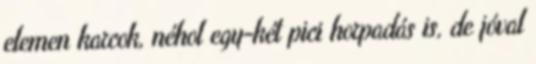
elemen karcok, néhol egy-két pici horpadás is, de jóval